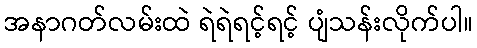
အနာဂတ်လမ်းထဲ ရဲရဲရင့်ရင့် ပျံသန်းလိုက်ပါ။